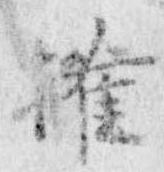
権